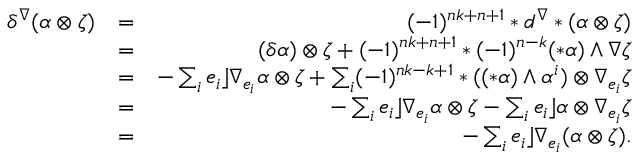
\begin{array} { r l r } { \delta ^ { \nabla } ( \alpha \otimes \zeta ) } & { = } & { ( - 1 ) ^ { n k + n + 1 } * d ^ { \nabla } * ( \alpha \otimes \zeta ) } \\ & { = } & { ( \delta \alpha ) \otimes \zeta + ( - 1 ) ^ { n k + n + 1 } * ( - 1 ) ^ { n - k } ( * \alpha ) \wedge \nabla \zeta } \\ & { = } & { - \sum _ { i } e _ { i } \rfloor \nabla _ { e _ { i } } \alpha \otimes \zeta + \sum _ { i } ( - 1 ) ^ { n k - k + 1 } * ( ( * \alpha ) \wedge \alpha ^ { i } ) \otimes \nabla _ { e _ { i } } \zeta } \\ & { = } & { - \sum _ { i } e _ { i } \rfloor \nabla _ { e _ { i } } \alpha \otimes \zeta - \sum _ { i } e _ { i } \rfloor \alpha \otimes \nabla _ { e _ { i } } \zeta } \\ & { = } & { - \sum _ { i } e _ { i } \rfloor \nabla _ { e _ { i } } ( \alpha \otimes \zeta ) . } \end{array}